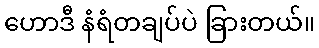
ဟောဒီ နံရံတချပ်ပဲ ခြားတယ်။